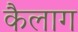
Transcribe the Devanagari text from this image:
कैलाग